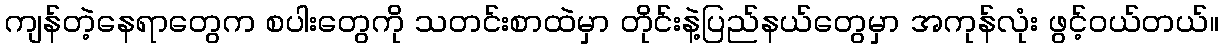
ကျန်တဲ့နေရာတွေက စပါးတွေကို သတင်းစာထဲမှာ တိုင်းနဲ့ပြည်နယ်တွေမှာ အကုန်လုံး ဖွင့်ဝယ်တယ်။